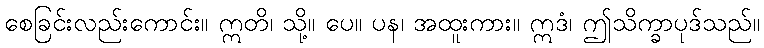
စေခြင်းလည်းကောင်း။ ဣတိ၊ သို့။ ပေ။ ပန၊ အထူးကား။ ဣဒံ၊ ဤသိက္ခာပုဒ်သည်။